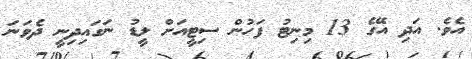
އެވެ. އަދި އޭގެ 13 މިނިޓު ފަހުން ސިޓީއަށް ލީޑު ނަގައިދިނީ ދެވަނަ